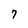
Character: 7